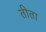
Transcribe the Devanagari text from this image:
तीता